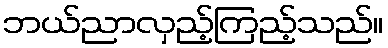
ဘယ်ညာလှည့်ကြည့်သည်။